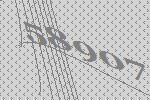
58907